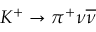
K ^ { + } \rightarrow \pi ^ { + } \nu { \overline { { \nu } } }